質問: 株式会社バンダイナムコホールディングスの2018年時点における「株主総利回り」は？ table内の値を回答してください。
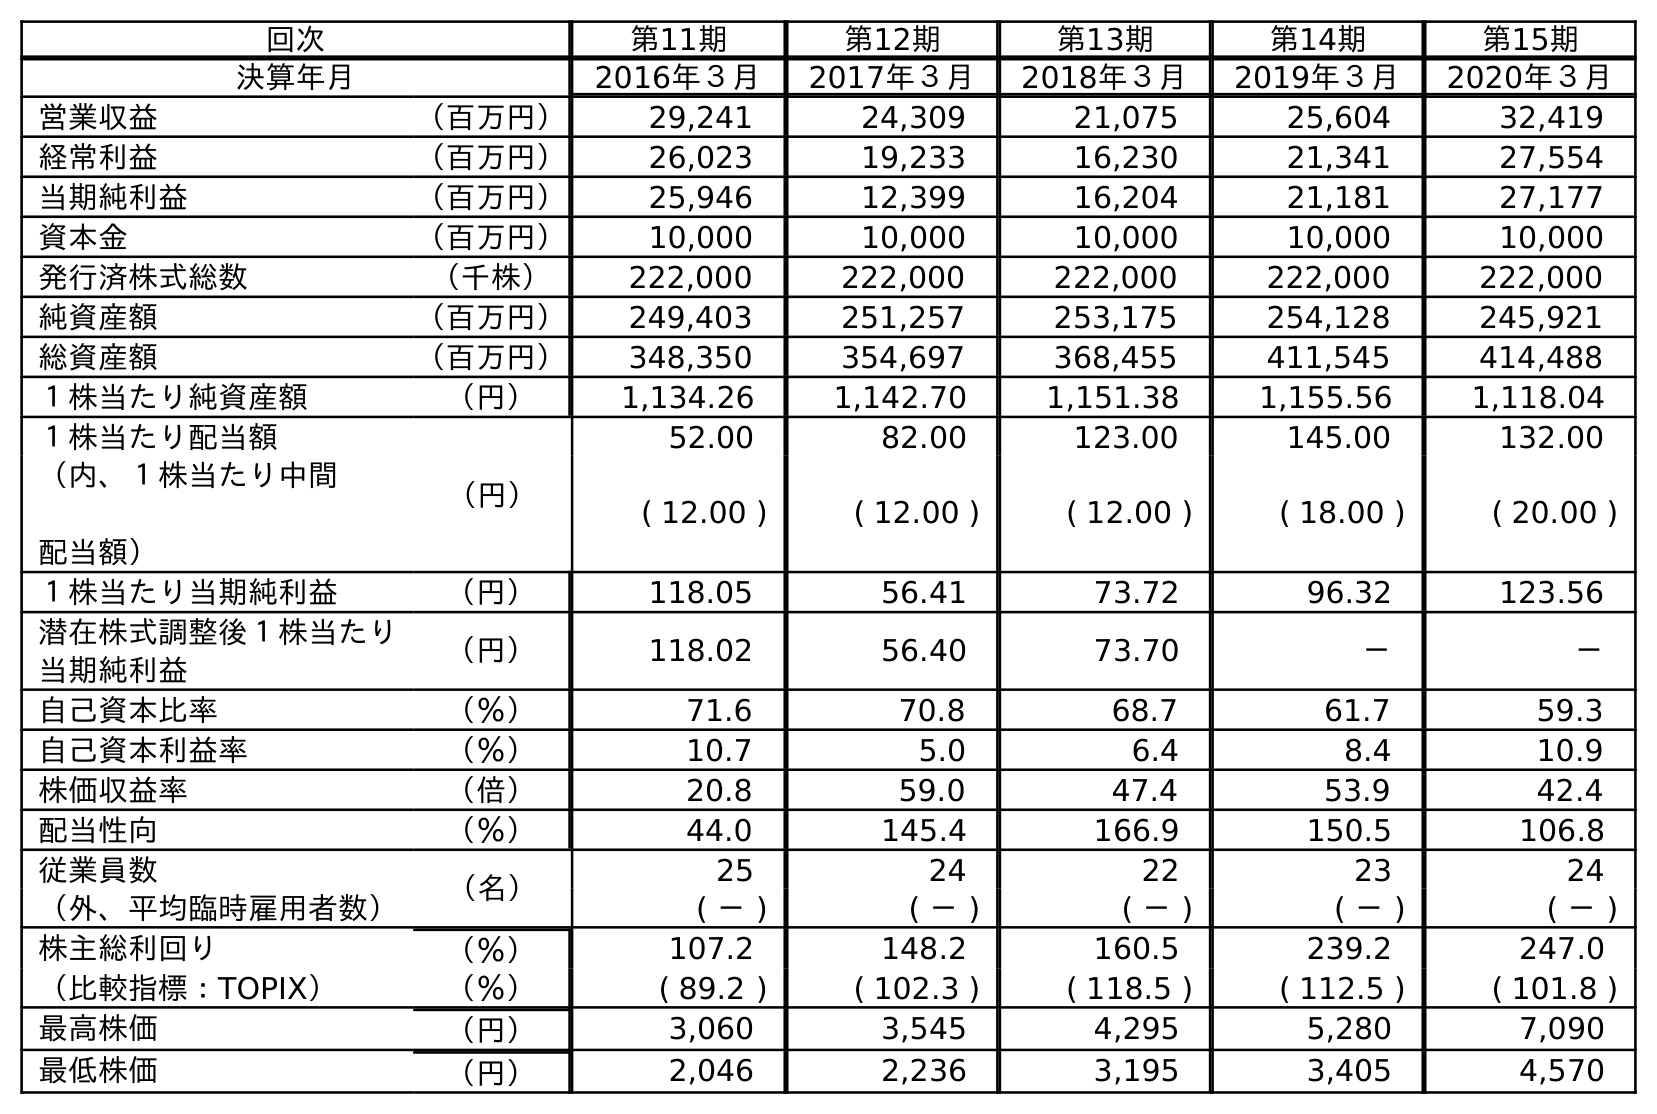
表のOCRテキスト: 回次 第11期 第12期 第13期 第14期 第15期 決算年月 2016年３月 2017年３月 2018年３月 2019年３月 2020年３月 営業収益 （百万円） 29,241 24,309 21,075 25,604 32,419 経常利益 （百万円） 26,023 19,233 16,230 21,341 27,554 当期純利益 （百万円） 25,946 12,399 16,204 21,181 27,177 資本金 （百万円） 10,000 10,000 10,000 10,000 10,000 発行済株式総数 （千株） 222,000 222,000 222,000 222,000 222,000 純資産額 （百万円） 249,403 251,257 253,175 254,128 245,921 総資産額 （百万円） 348,350 354,697 368,455 411,545 414,488 １株当たり純資産額 （円） 1,134.26 1,142.70 1,151.38 1,155.56 1,118.04 １株当たり配当額 （円） 52.00 82.00 123.00 145.00 132.00 （内、１株当たり中間 配当額） ( 12.00 ) ( 12.00 ) ( 12.00 ) ( 18.00 ) ( 20.00 ) １株当たり当期純利益 （円） 118.05 56.41 73.72 96.32 123.56 潜在株式調整後１株当たり 当期純利益 （円） 118.02 56.40 73.70 － － 自己資本比率 （％） 71.6 70.8 68.7 61.7 59.3 自己資本利益率 （％） 10.7 5.0 6.4 8.4 10.9 株価収益率 （倍） 20.8 59.0 47.4 53.9 42.4 配当性向 （％） 44.0 145.4 166.9 150.5 106.8 従業員数 （名） 25 24 22 23 24 （外、平均臨時雇用者数） ( － ) ( － ) ( － ) ( － ) ( － ) 株主総利回り （％） 107.2 148.2 160.5 239.2 247.0 （比較指標：TOPIX） （％） ( 89.2 ) ( 102.3 ) ( 118.5 ) ( 112.5 ) ( 101.8 ) 最高株価 （円） 3,060 3,545 4,295 5,280 7,090 最低株価 （円） 2,046 2,236 3,195 3,405 4,570
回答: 160.5